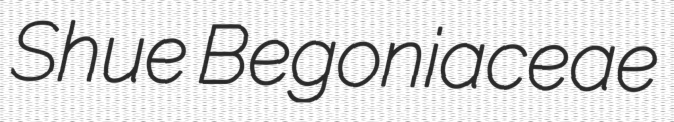
Shue Begoniaceae